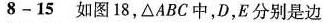
8——15如图18，△ABC中，D，E分别是边